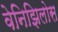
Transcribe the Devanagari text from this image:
वेनिझिलोस